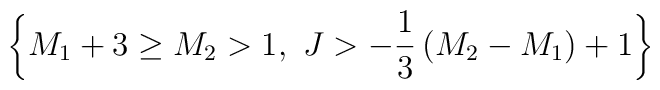
\left\{M_1+3\ge M_2>1,~J>-{1\over 3}\left(M_2-M_1\right)+1\right\}